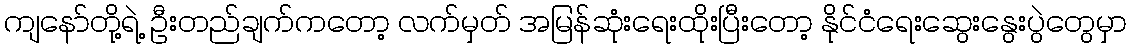
ကျနော်တို့ရဲ့ ဦးတည်ချက်ကတော့ လက်မှတ် အမြန်ဆုံးရေးထိုးပြီးတော့ နိုင်ငံရေးဆွေးနွေးပွဲတွေမှာ